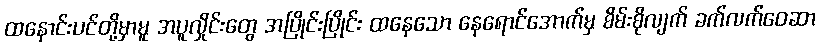
ထနောင်းပင်တို့မှာမူ အပူလှိုင်းတွေ အပြိုင်းပြိုင်း ထနေသော နေရောင်အောက်မှ စိမ်းစိုလျက် ခက်လက်ဝေဆာ